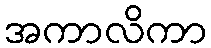
အကာလိကာ